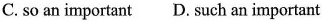
C. so an important D. such an important